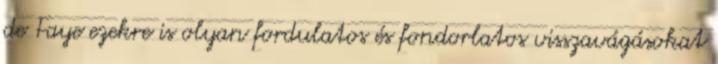
de Faye ezekre is olyan fordulatos és fondorlatos visszavágásokat